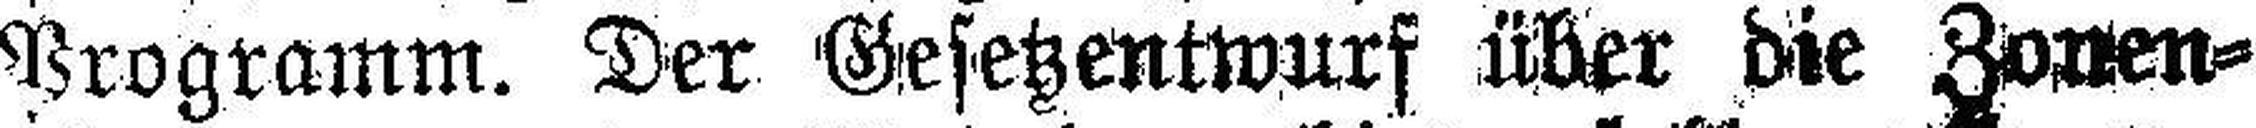
Programm. Der Gesetzentwurf über die Zonen¬